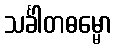
သင်္ခါတဓမ္မော